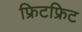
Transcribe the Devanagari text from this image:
फ्रिटफ्रिट